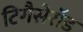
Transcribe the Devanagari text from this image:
टिगैसेरॉड